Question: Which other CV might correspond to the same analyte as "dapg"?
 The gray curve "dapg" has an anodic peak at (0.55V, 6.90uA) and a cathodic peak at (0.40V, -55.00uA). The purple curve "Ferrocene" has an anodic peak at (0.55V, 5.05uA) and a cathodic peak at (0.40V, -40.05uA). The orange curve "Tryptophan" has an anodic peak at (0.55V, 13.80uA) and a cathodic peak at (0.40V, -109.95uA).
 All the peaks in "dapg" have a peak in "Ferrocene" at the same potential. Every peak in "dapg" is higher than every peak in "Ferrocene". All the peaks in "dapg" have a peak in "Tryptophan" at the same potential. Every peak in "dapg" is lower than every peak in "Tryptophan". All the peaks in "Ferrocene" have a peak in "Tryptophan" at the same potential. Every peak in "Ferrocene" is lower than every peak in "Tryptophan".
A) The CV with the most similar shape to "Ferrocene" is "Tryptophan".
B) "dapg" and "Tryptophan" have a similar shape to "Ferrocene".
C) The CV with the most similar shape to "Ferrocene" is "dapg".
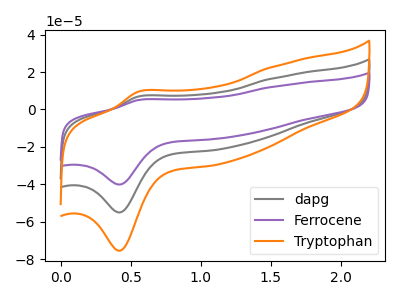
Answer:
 <answer>B) "dapg" and "Tryptophan" have a similar shape to "Ferrocene".</answer>
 <eval>B</eval>